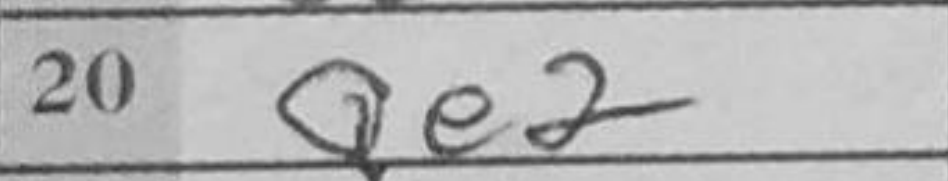
Transcription: Qe2